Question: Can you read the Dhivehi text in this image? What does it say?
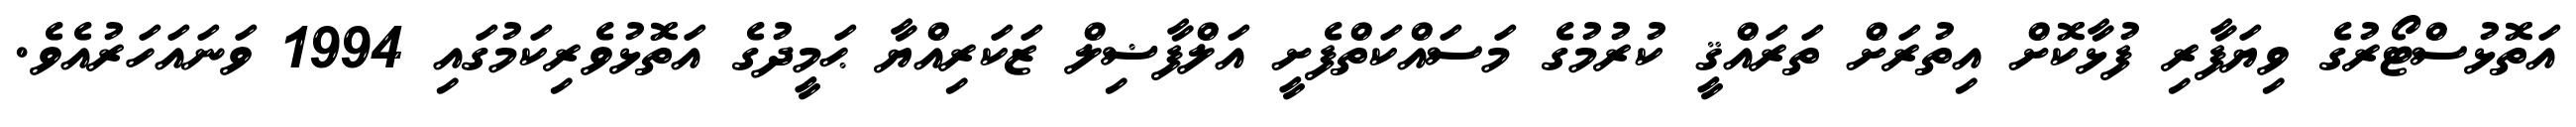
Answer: އަތޮޅުސްޓޯރުގެ ވިޔަފާރި ފުޅާކޮށް އިތުރަށް ތަރައްޤީ ކުރުމުގެ މަސައްކަތްފެށީ އަލްފާޟިލް ޒަކަރިއްޔާ ޙަމީދުގެ އަތޮޅުވެރިކަމުގައި 1994 ވަނައަހަރުއެވެ.